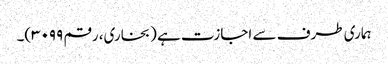
ہماری طرف سے اجازت ہے (بخاری، رقم ۳۰۹۹)۔